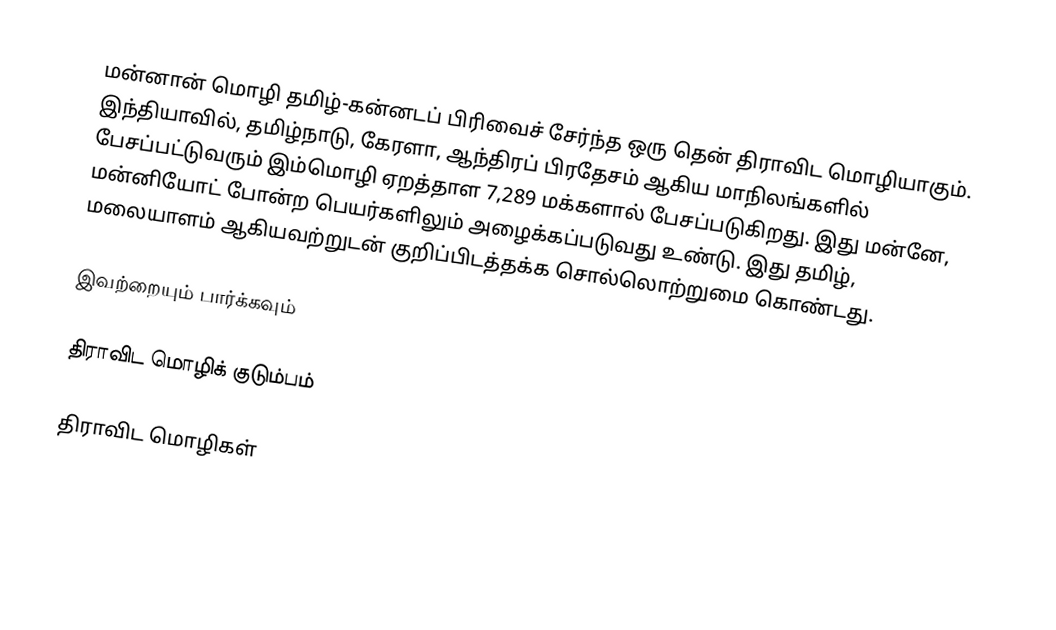
மன்னான் மொழி தமிழ்-கன்னடப் பிரிவைச் சேர்ந்த ஒரு தென் திராவிட மொழியாகும். இந்தியாவில், தமிழ்நாடு, கேரளா, ஆந்திரப் பிரதேசம் ஆகிய மாநிலங்களில் பேசப்பட்டுவரும் இம்மொழி ஏறத்தாள 7,289 மக்களால் பேசப்படுகிறது.  இது மன்னே, மன்னியோட் போன்ற பெயர்களிலும் அழைக்கப்படுவது உண்டு. இது தமிழ், மலையாளம் ஆகியவற்றுடன் குறிப்பிடத்தக்க சொல்லொற்றுமை கொண்டது.

இவற்றையும் பார்க்கவும்

 திராவிட மொழிக் குடும்பம்

திராவிட மொழிகள்